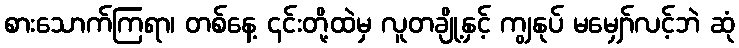
စားသောက်ကြရာ၊ တစ်နေ့ ၎င်းတို့ထဲမှ လူတချို့နှင့် ကျွနုပ် မမျှော်လင့်ဘဲ ဆုံ